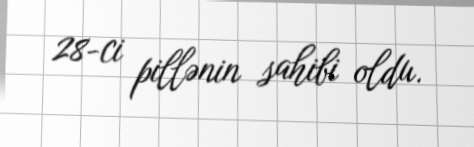
28-ci pillənin sahibi oldu.